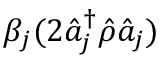
\beta _ { j } ( 2 \hat { a } _ { j } ^ { \dagger } \hat { \rho } \hat { a } _ { j } )